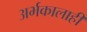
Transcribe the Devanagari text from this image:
अर्भकालाही